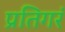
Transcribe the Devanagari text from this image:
प्रतिगरं